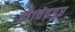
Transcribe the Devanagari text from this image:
हो।चंद्रगुप्त